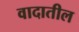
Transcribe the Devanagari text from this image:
वादातील